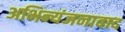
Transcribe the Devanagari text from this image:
अभिन्यंजनावाद